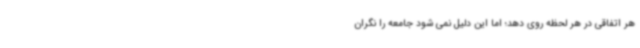
هر اتفاقی در هر لحظه روی دهد؛ اما این دلیل نمی شود جامعه را نگران